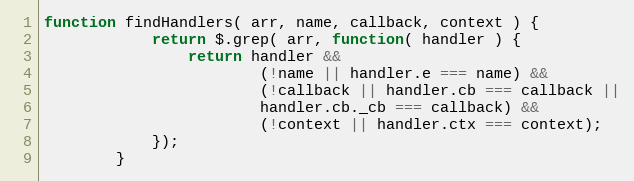
Language: JavaScript
function findHandlers( arr, name, callback, context ) {
            return $.grep( arr, function( handler ) {
                return handler &&
                        (!name || handler.e === name) &&
                        (!callback || handler.cb === callback ||
                        handler.cb._cb === callback) &&
                        (!context || handler.ctx === context);
            });
        }